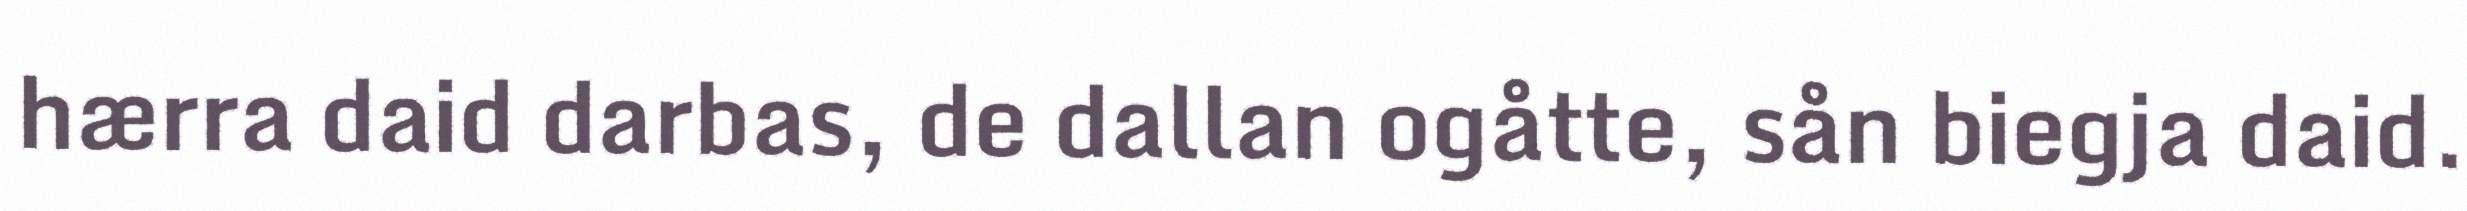
hærra daid darbas, de dallan ogåtte, sån biegja daid.